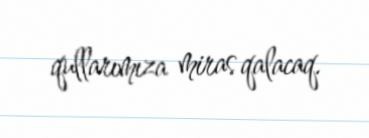
qullarımıza miras qalacaq.